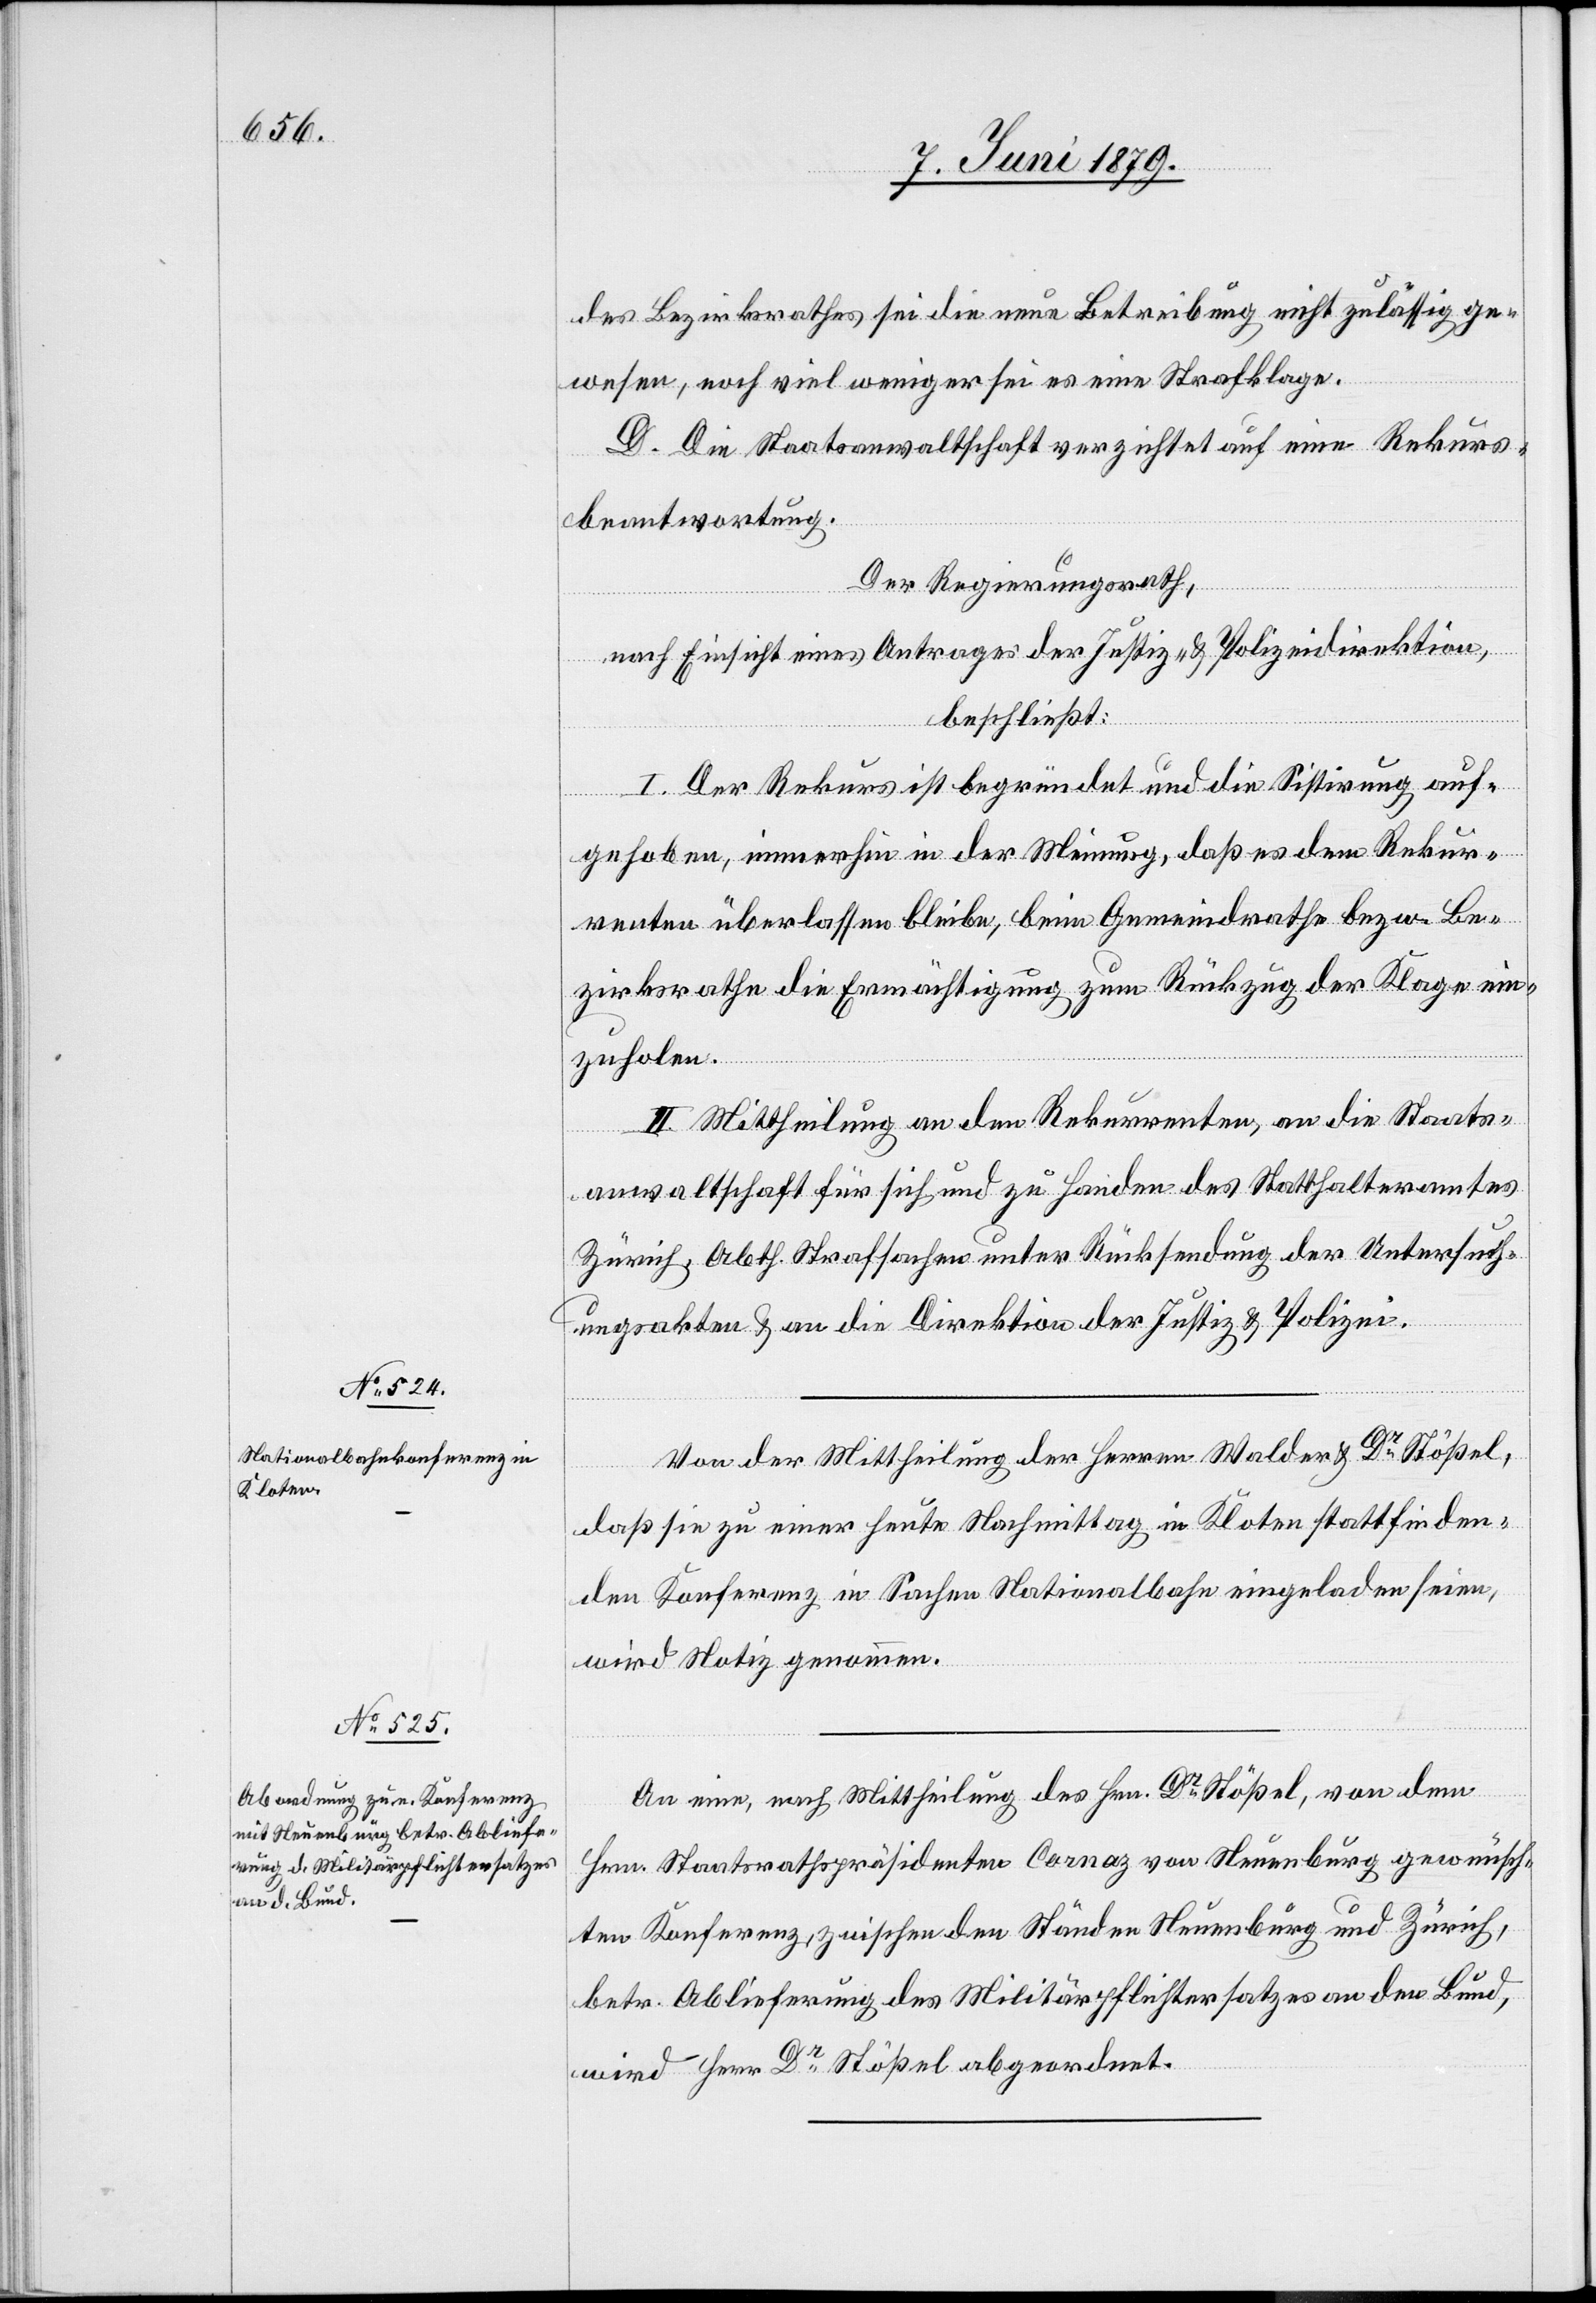
des Bezirksrathes sei die neue Betreibung nicht zulässig ge¬
wesen, noch viel weniger sei es eine Strafklage.
D. Die Staatsanwaltschaft verzichtet auf eine Rekurs¬
beantwortung.
Der Regierungsrath,
nach Einsicht eines Antrages der Justiz- & Polizeidirektion,
beschließt:
I. Der Rekurs ist begründet und die Sistirung auf¬
gehoben, immerhin in der Meinung, daß es dem Rekur¬
renten überlassen bleibe, beim Gemeindrathe bezw. Be¬
zirksrathe die Ermächtigung zum Rückzug der Klage ein¬
zuholen.
II. Mittheilung an den Rekurrenten, an die Staats¬
[si¬
anwaltschaft für sich und zu Handen des Statthalteramtes
Zürich, Abth. Strafsachen unter Rücksendung der Untersuch¬
ungsakten & an die Direktion der Justiz & Polizei.
Von der Mittheilung der Herren Walder & Dr Stößel,
daß sie zu einer heute Nachmittag in Kloten stattfinden¬
den Konferenz in Sachen Nationalbahn eingeladen seien,
wird Notiz genommen.
An eine, nach Mittheilung des Hrn. Dr Stößel, von dem
Hrn. Staatsrathspräsidenten Cornaz von Neuenburg gewünsch¬
c!] Konferenz, zwischen den Ständen Neuenburg und Zürich,
betr. Ablieferung des Militärpflichtersatzes an den Bund,
wird Herr Dr Stößel abgeordnet.